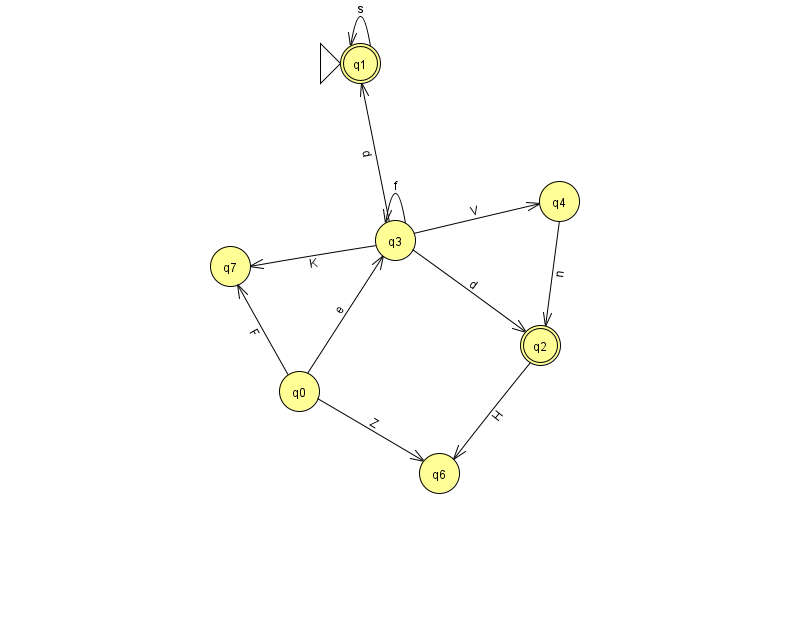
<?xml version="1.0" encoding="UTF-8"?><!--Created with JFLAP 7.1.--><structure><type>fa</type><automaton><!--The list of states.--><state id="0" name="q0"><x>299.0</x><y>378.0</y></state><state id="1" name="q1"><x>360.0</x><y>50.0</y><initial/><final/></state><state id="2" name="q2"><x>540.0</x><y>332.0</y><final/></state><state id="3" name="q3"><x>395.0</x><y>227.0</y></state><state id="4" name="q4"><x>559.0</x><y>188.0</y></state><state id="6" name="q6"><x>439.0</x><y>460.0</y></state><state id="7" name="q7"><x>230.0</x><y>253.0</y></state><!--The list of transitions.--><transition><from>3</from><to>4</to><read>V</read></transition><transition><from>0</from><to>6</to><read>Z</read></transition><transition><from>4</from><to>2</to><read>n</read></transition><transition><from>1</from><to>1</to><read>s</read></transition><transition><from>3</from><to>1</to><read>d</read></transition><transition><from>0</from><to>3</to><read>e</read></transition><transition><from>0</from><to>7</to><read>F</read></transition><transition><from>3</from><to>3</to><read>f</read></transition><transition><from>3</from><to>7</to><read>K</read></transition><transition><from>2</from><to>6</to><read>H</read></transition><transition><from>3</from><to>2</to><read>d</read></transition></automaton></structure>